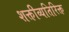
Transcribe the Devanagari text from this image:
शक्तीव्यतिरिक्त